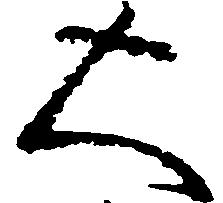
大